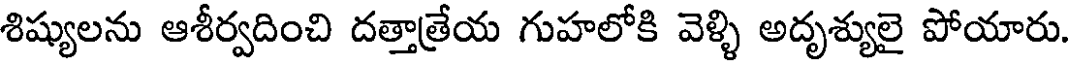
శిష్యులను ఆశీర్వదించి దత్తాత్రేయ గుహలోకి వెళ్ళి అదృశ్యులై పోయారు.